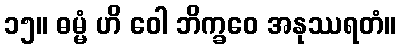
၁၅။ ဓမ္မံ ဟိ ဝေါ ဘိက္ခဝေ အနုဿရတံ။